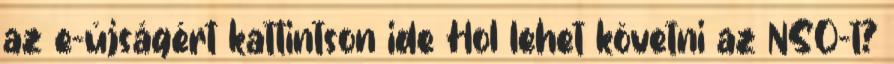
az e-újságért kattintson ide Hol lehet követni az NSO-t?